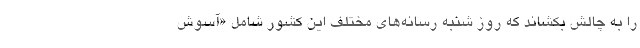
را به چالش بکشاند که روز شنبه رسانه‌های مختلف این کشور شامل «آسوش